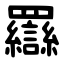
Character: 羉